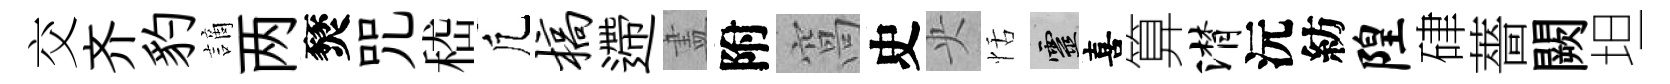
交齐豹謫两燹咒嵇凢槁遰𥁞附窩史央恬靈喜算潸沅紡隍硉薔闕坦